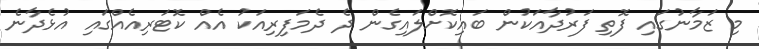
މި ޒަމާނުގައި ފޮތި ފަރުދާއަކުން ބައިކޮށްލައިގެން ދެ ދެމަފިރިއަކު އެއް ކޮޓަރިއެއްގައި އުޅެދާނެ